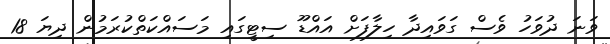
ވަނަ ދުވަހު ވެސް ގަވައިދާ ހިލާފަށް އައްޑޫ ސިޓީގައި މަސައްކަތްކުރަމުން ދިޔަ 18